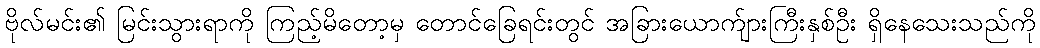
ဗိုလ်မင်း၏ မြင်းသွားရာကို ကြည့်မိတော့မှ တောင်ခြေရင်းတွင် အခြားယောက်ျားကြီးနှစ်ဦး ရှိနေသေးသည်ကို